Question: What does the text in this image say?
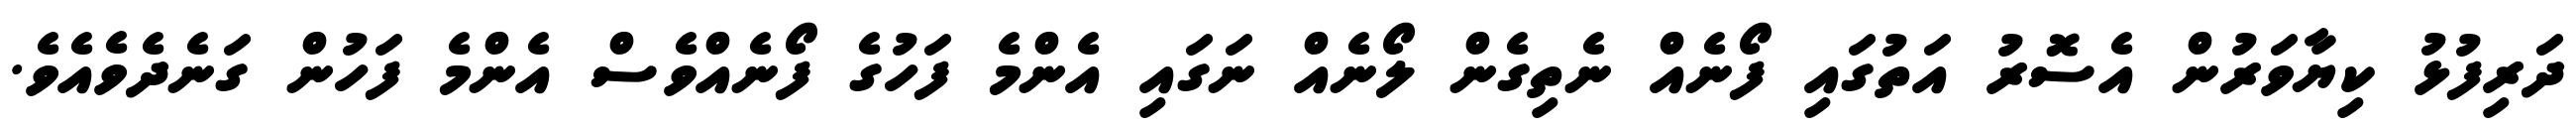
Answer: ދަރިފުޅު ކިޔާވަރުން އެސޮރު އަތުގައި ފޯނެއް ނެތިގެން ލޯނެއް ނަގައި އެންމެ ފަހުގެ ފޯނެއްވެސް އެންމެ ފަހުން ގަނެދެވެއެވެ.